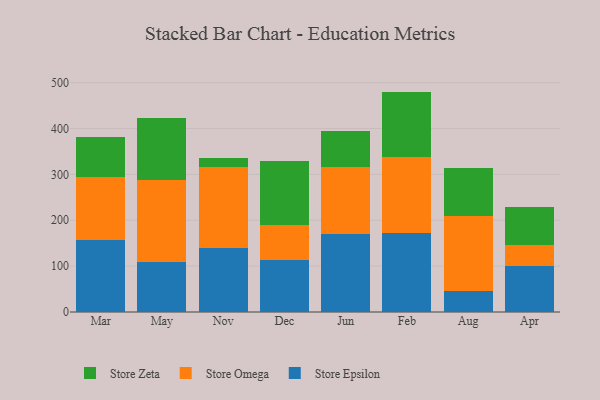
{"axis": {"x": "Month", "y": "Humidity (%)"}, "legend": ["Store Epsilon", "Store Omega", "Store Zeta"], "data": [{"x": "Mar", "y": 157.3, "type": "Store Epsilon"}, {"x": "Mar", "y": 137.4, "type": "Store Omega"}, {"x": "Mar", "y": 86.2, "type": "Store Zeta"}, {"x": "May", "y": 109.8, "type": "Store Epsilon"}, {"x": "May", "y": 178.5, "type": "Store Omega"}, {"x": "May", "y": 133.6, "type": "Store Zeta"}, {"x": "Nov", "y": 139.9, "type": "Store Epsilon"}, {"x": "Nov", "y": 175.4, "type": "Store Omega"}, {"x": "Nov", "y": 21.2, "type": "Store Zeta"}, {"x": "Dec", "y": 114.0, "type": "Store Epsilon"}, {"x": "Dec", "y": 76.4, "type": "Store Omega"}, {"x": "Dec", "y": 137.8, "type": "Store Zeta"}, {"x": "Jun", "y": 170.2, "type": "Store Epsilon"}, {"x": "Jun", "y": 145.5, "type": "Store Omega"}, {"x": "Jun", "y": 78.3, "type": "Store Zeta"}, {"x": "Feb", "y": 171.8, "type": "Store Epsilon"}, {"x": "Feb", "y": 166.5, "type": "Store Omega"}, {"x": "Feb", "y": 142.2, "type": "Store Zeta"}, {"x": "Aug", "y": 46.0, "type": "Store Epsilon"}, {"x": "Aug", "y": 163.6, "type": "Store Omega"}, {"x": "Aug", "y": 105.0, "type": "Store Zeta"}, {"x": "Apr", "y": 99.4, "type": "Store Epsilon"}, {"x": "Apr", "y": 46.4, "type": "Store Omega"}, {"x": "Apr", "y": 83.4, "type": "Store Zeta"}]}